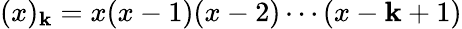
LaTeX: (x)_{\mathbf{k}}=x(x-1)(x-2)\cdots(x-\mathbf{k}+1)